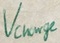
Text: Vcharge